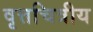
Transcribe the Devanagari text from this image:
वृत्तचित्रीय